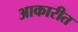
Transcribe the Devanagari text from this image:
आकारीत